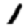
Digit: 1